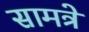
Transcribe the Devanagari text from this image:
सामत्रे